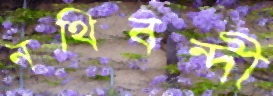
নথিবন্দী